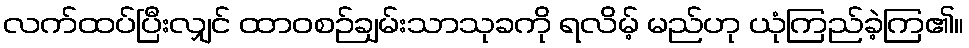
လက်ထပ်ပြီးလျှင် ထာဝစဉ်ချမ်းသာသုခကို ရလိမ့် မည်ဟု ယုံကြည်ခဲ့ကြ၏။